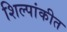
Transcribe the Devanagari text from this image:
शिल्पांकीत